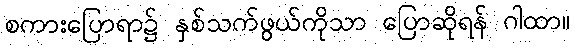
စကားပြောရာ၌ နှစ်သက်ဖွယ်ကိုသာ ပြောဆိုရန် ဂါထာ။